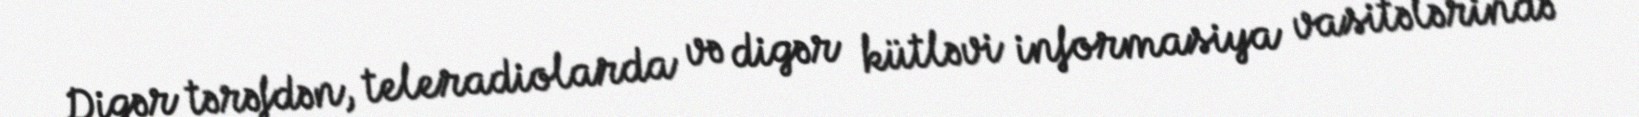
Digər tərəfdən, teleradiolarda və digər kütləvi informasiya vasitələrində